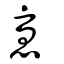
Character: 𢟜